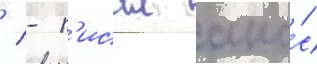
/ - п'исал амо́с